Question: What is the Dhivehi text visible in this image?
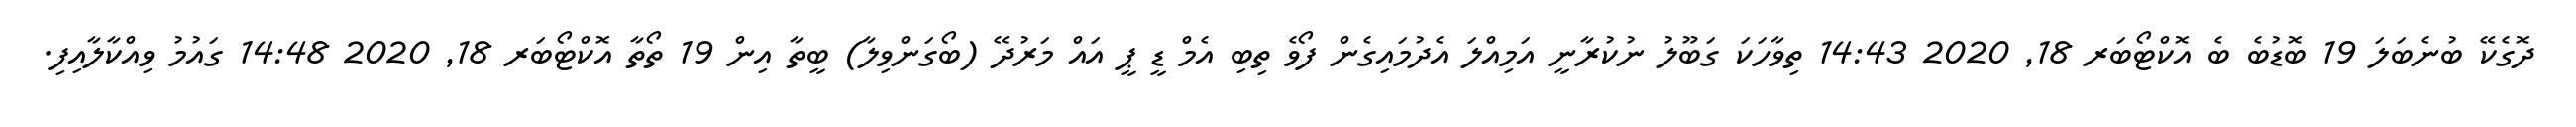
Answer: ދޮގެކޭ ބުނެބަލަ 19 ބޮޑުބެ ބެ އޮކްޓޯބަރ 18, 2020 14:43 ތިވާހަކަ ގަބޫލު ނުކުރާނީ އަމިއްލަ އެދުމައިގެން ފޯވެ ތިބި އެމް ޑީ ޕީ އައް މަރުދޭ (ބޯގަންވިލާ) ބީތާ އިން 19 ތޯތާ އޮކްޓޯބަރ 18, 2020 14:48 ގައުމު ވިއްކާލާއިފި.